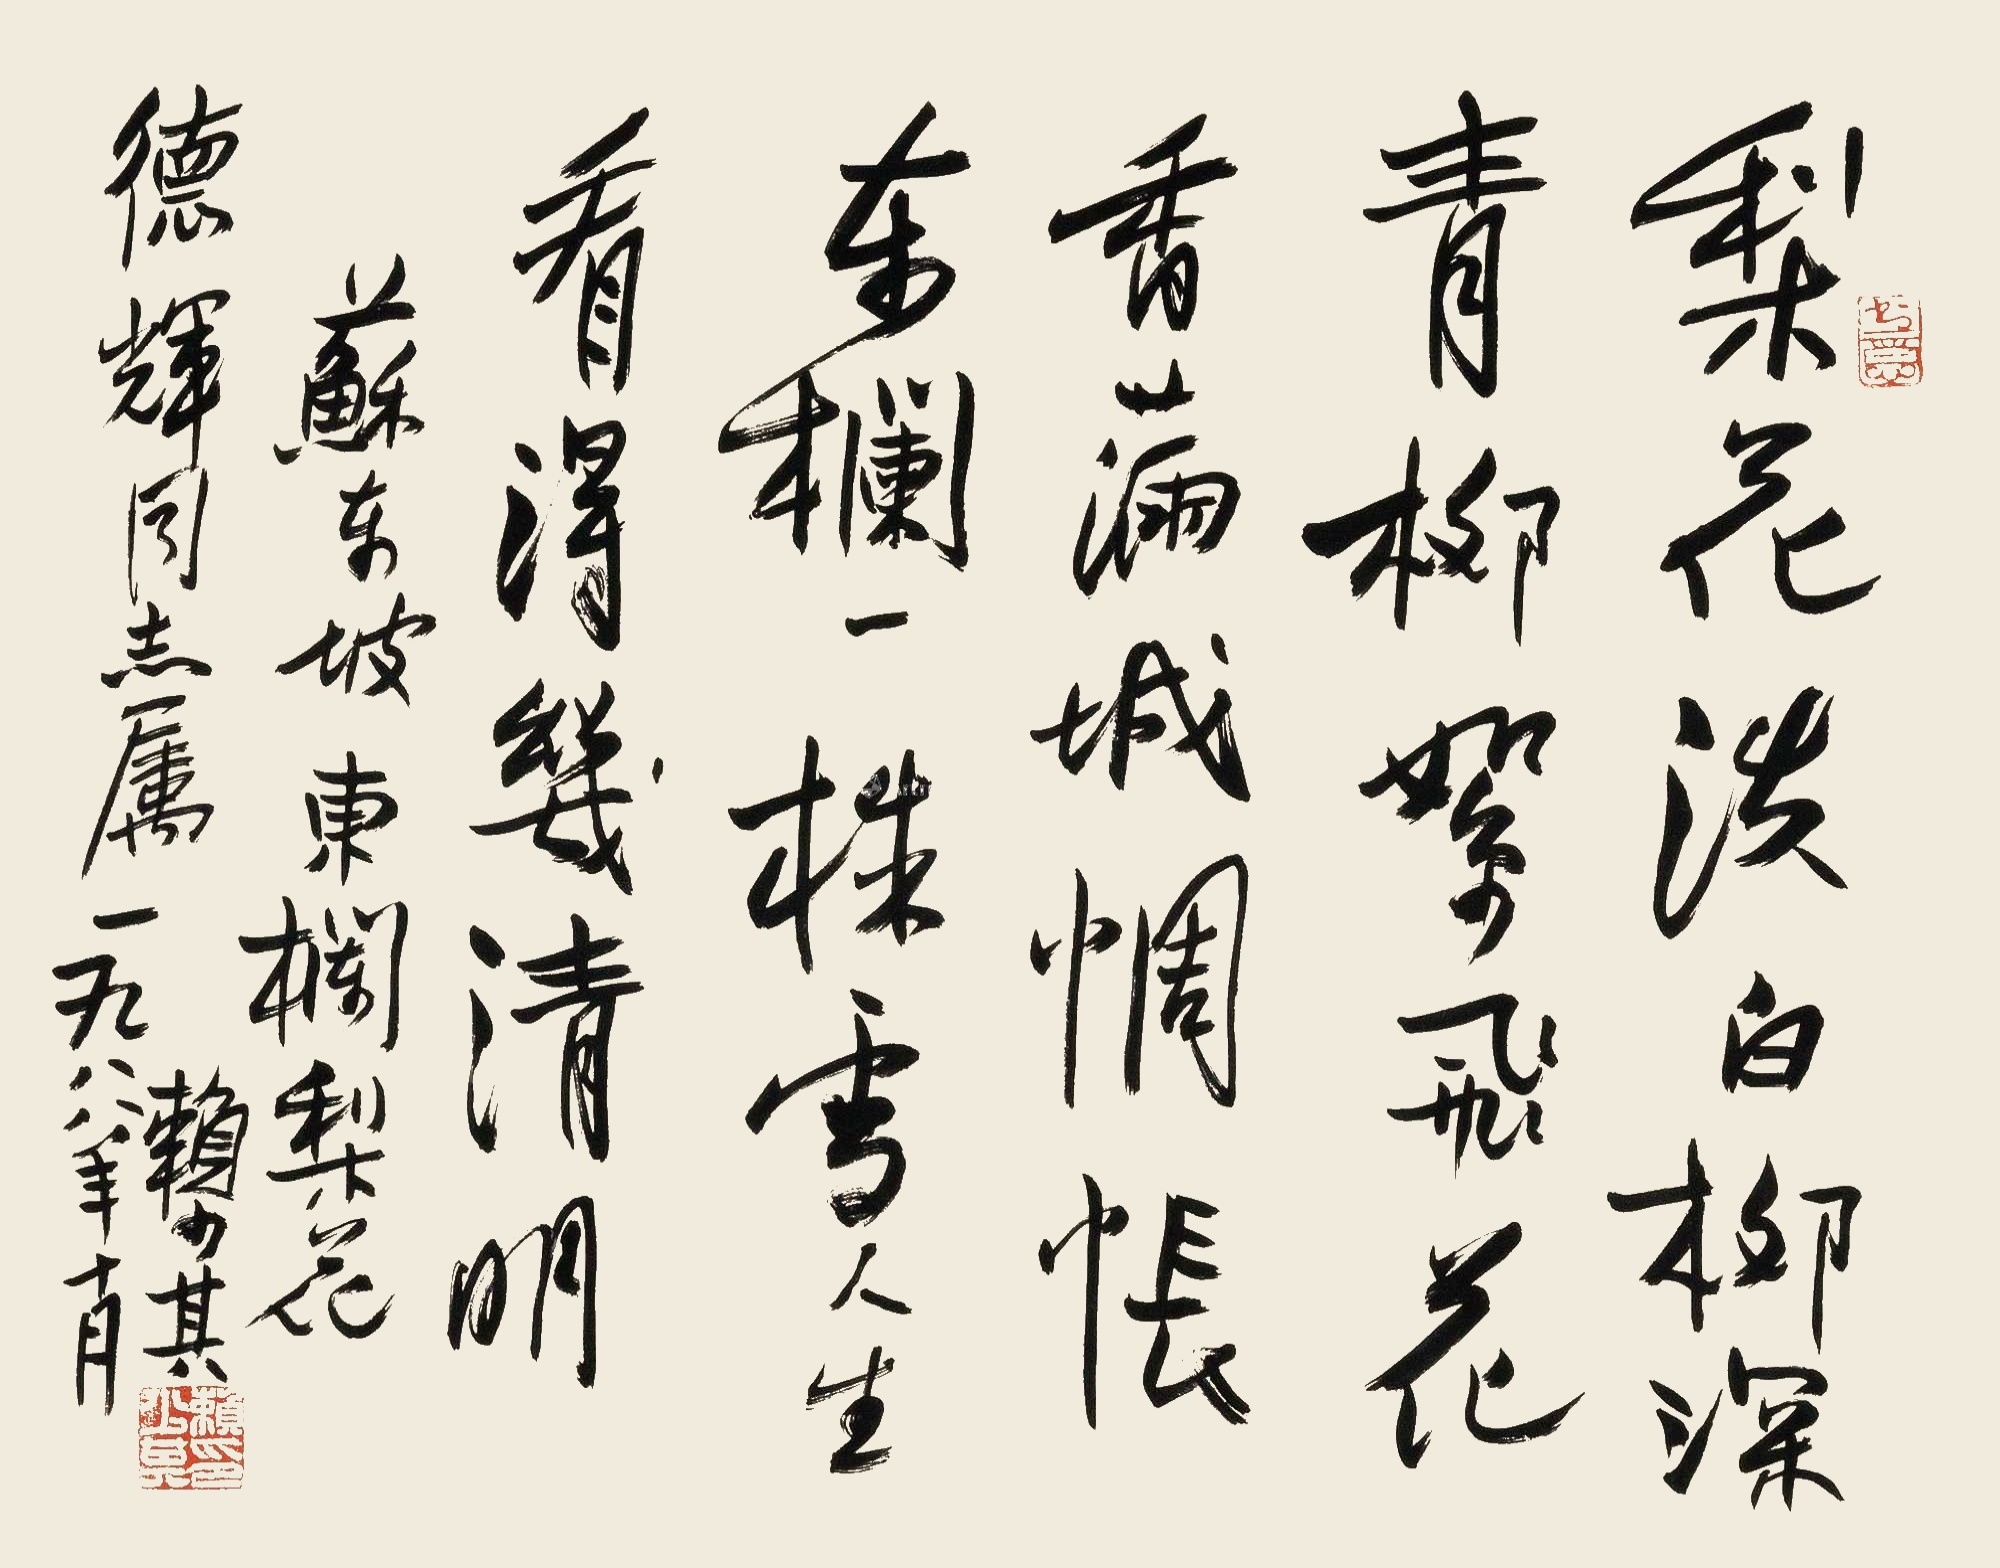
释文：梨花淡白柳深青，柳絮飞花香满城。惆怅东栏一株雪，人生看得几清明。苏东坡《东栏梨花》，德辉同志属。一九八八年十月，赖少其。